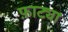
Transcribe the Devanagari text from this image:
फ़ाट्या